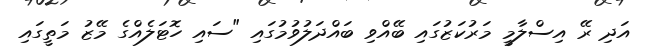
އަދި ރޭ އިސްލާމީ މަރުކަޒުގައި ބޭއްވި ބައްދަލުވުމުގައި "ސައި ހޮޓަލެއްގެ މޭޒު މަތީގައި